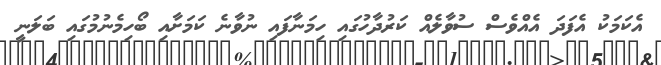
އެކަމަކު އެފަދަ އެއްވެސް ސުވާލެއް ކަރުދާހުގައި ހިމަނާފައި ނުވާނެ ކަމަށާއި ބޯހިމެނުމުގައި ބަލަނީ